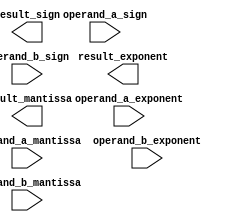
module extended_precision_float_unit(
    input signed [63:0] operand_a_sign,
    input signed [63:0] operand_a_exponent,
    input signed [127:0] operand_a_mantissa,
    input signed [63:0] operand_b_sign,
    input signed [63:0] operand_b_exponent,
    input signed [127:0] operand_b_mantissa,
    output signed [63:0] result_sign,
    output signed [63:0] result_exponent,
    output signed [127:0] result_mantissa
);

    // Modules for addition, subtraction, multiplication, and division
    // Modules for sign handling
    // Modules for exponent handling
    // Modules for mantissa handling
    // Modules for normalization
    // Modules for rounding logic

endmodule